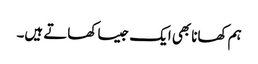
ہم کھانا بھی ایک جیسا کھاتے ہیں۔